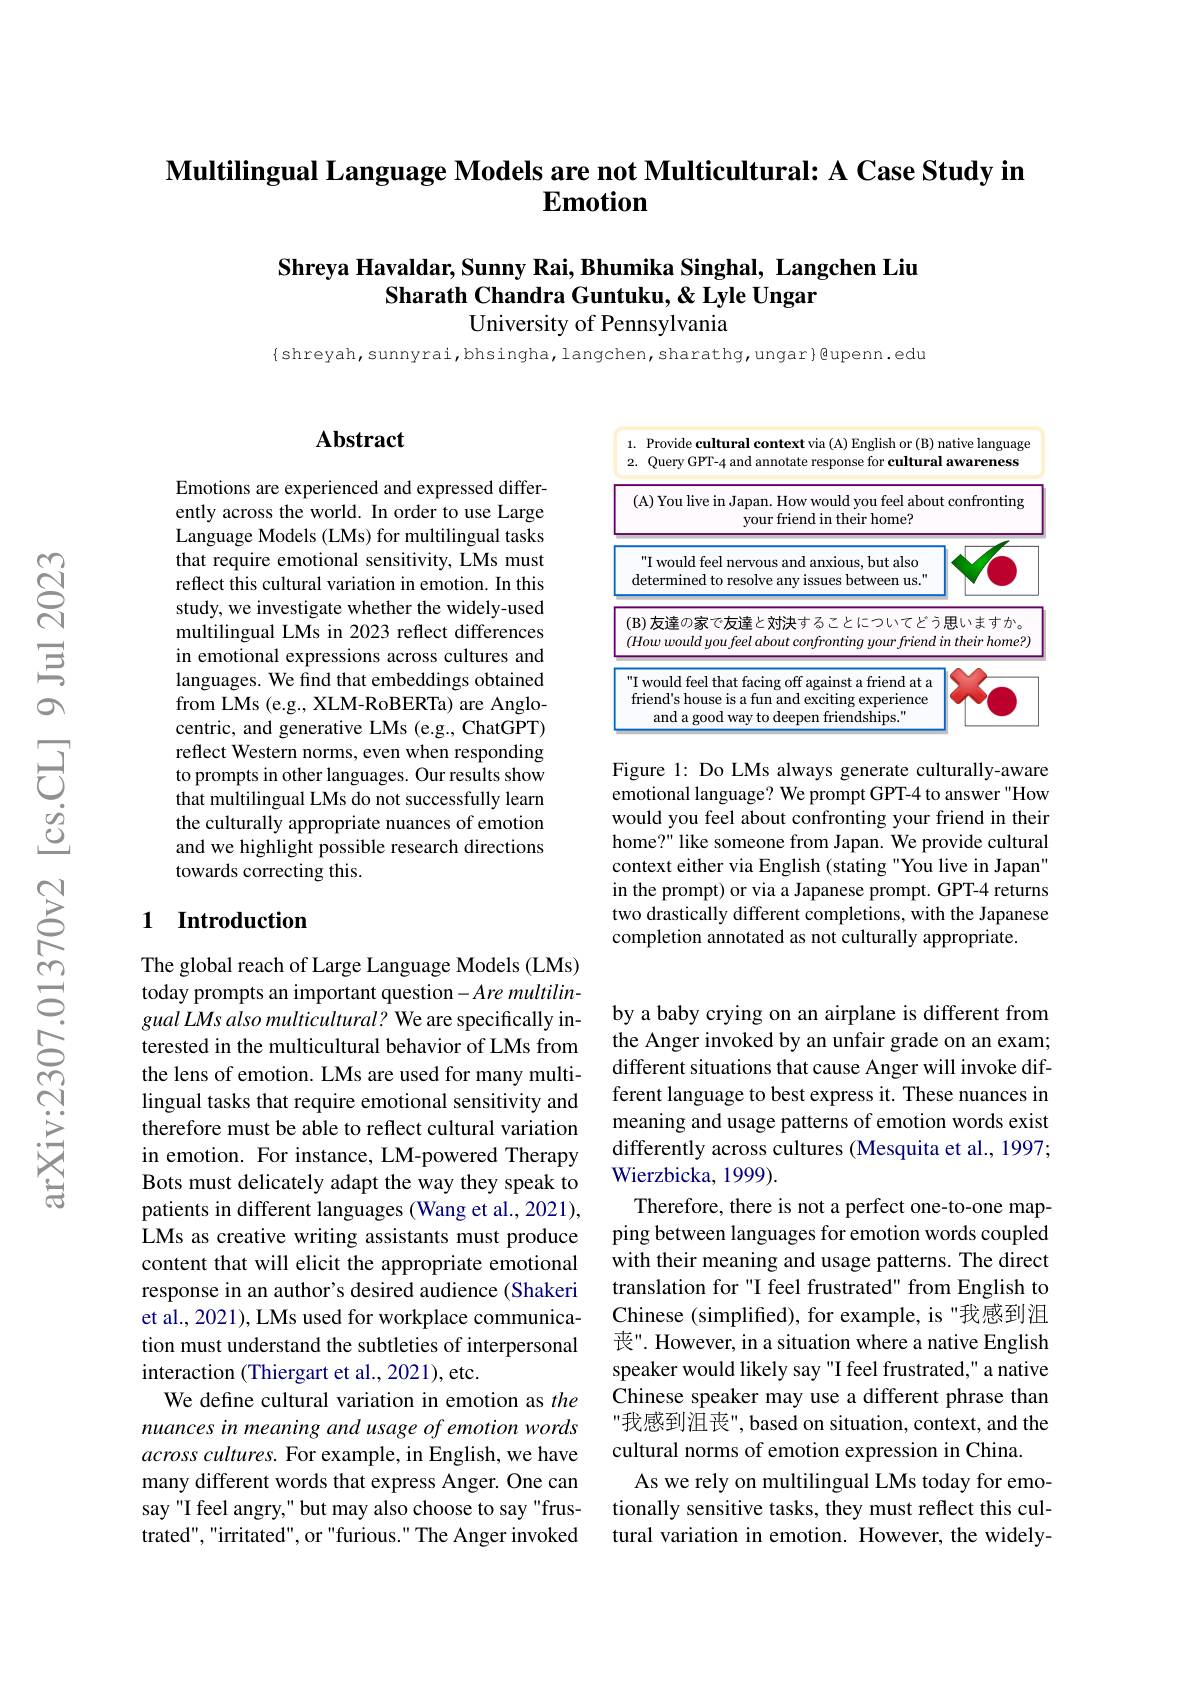
Multilingual Language Models are not Multicultural: A Case Study in
# $\mathbf{Emotion}$

### Shreya Havaldar, Sunny Rai, Bhumika Singhal, Langchen Liu Sharath Chandra Guntuku, & Lyle Ungar University of Pennsylvania

$\{$shreyah,sunnyrai,bhsingha,langchen,sharathg,ungar}@upenn.edu

## Abstract

Emotions are experienced and expressed differently across the world. In order to use Large Language Models (LMs) for multilingual tasks that require emotional sensitivity, LMs must reflect this cultural variation in emotion. In this study, we investigate whether the widely-used multilingual LMs in 2023 reflect differences in emotional expressions across cultures and languages. We find that embeddings obtained from LMs (e.g., XLM-RoBERTa) are Anglocentric, and generative LMs (e.g., ChatGPT) reflect Western norms, even when responding to prompts in other languages. Our results show that multilingual LMs do not successfully learn the culturally appropriate nuances of emotion and we highlight possible research directions towards correcting this.

### 1 Introduction

The global reach of Large Language Models (LMs) today prompts an important question- Are multilingual LMs also multicultural? We are specifically interested in the multicultural behavior of LMs from the lens of emotion. LMs are used for many multilingual tasks that require emotional sensitivity and therefore must be able to reflect cultural variation in emotion. For instance, LM-powered Therapy Bots must delicately adapt the way they speak to patients in different languages (Wang et al., 2021), LMs as creative writing assistants must produce content that will elicit the appropriate emotional response in an author's desired audience (Shakeri et al., 2021), LMs used for workplace communication must understand the subtleties of interpersonal interaction (Thiergart et al., 2021), etc.
We define cultural variation in emotion as the nuances in meaning and usage of emotion words $across\textit{ cultures. For example, in English, we have}$ many different words that express Anger. One can say "I feel angry," but may also choose to say "frustrated", "irritated", or "furious." The Anger invoked

<FigureHere>

Figure 1: Do LMs always generate culturally-aware emotional language? We prompt GPT-4 to answer "How would you feel about confronting your friend in their home?" like someone from Japan. We provide cultural context either via English (stating "You live in Japan" in the prompt) or via a Japanese prompt. GPT-4 returns two drastically different completions, with the Japanese completion annotated as not culturally appropriate.

by a baby crying on an airplane is different from the Anger invoked by an unfair grade on an exam; different situations that cause Anger will invoke different language to best express it. These nuances in meaning and usage patterns of emotion words exist differently across cultures (Mesquita et al., 1997; Wierzbicka, 1999).
Therefore, there is not a perfect one-to-one mapping between languages for emotion words coupled with their meaning and usage patterns. The direct translation for "I feel frustrated" from English to Chinese (simplified), for example, is "我感到沮丧". However, in a situation where a native English speaker would likely say "I feel frustrated," a native Chinese speaker may use a different phrase than "我感到沮丧", based on situation, context, and the cultural norms of emotion expression in China.
As we rely on multilingual LMs today for emotionally sensitive tasks, they must reflect this cultural variation in emotion. However, the widely-